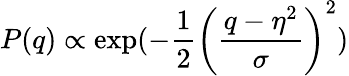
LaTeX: P(q)\propto\exp(-\frac{1}{2}\left(\frac{q-\eta^{2}}{\sigma}\right)^{2})